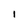
Character: I